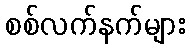
စစ်လက်နက်များ